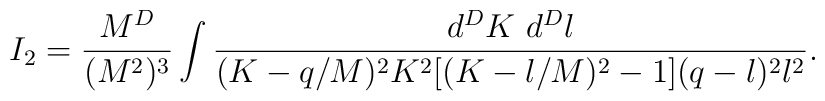
I_2 =\frac{M^D}{(M^2)^3} \int\frac{d^DK~d^Dl}{(K-q/M)^2K^2[(K-l/M)^2-1](q-l)^2l^2}.